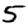
Digit: 5